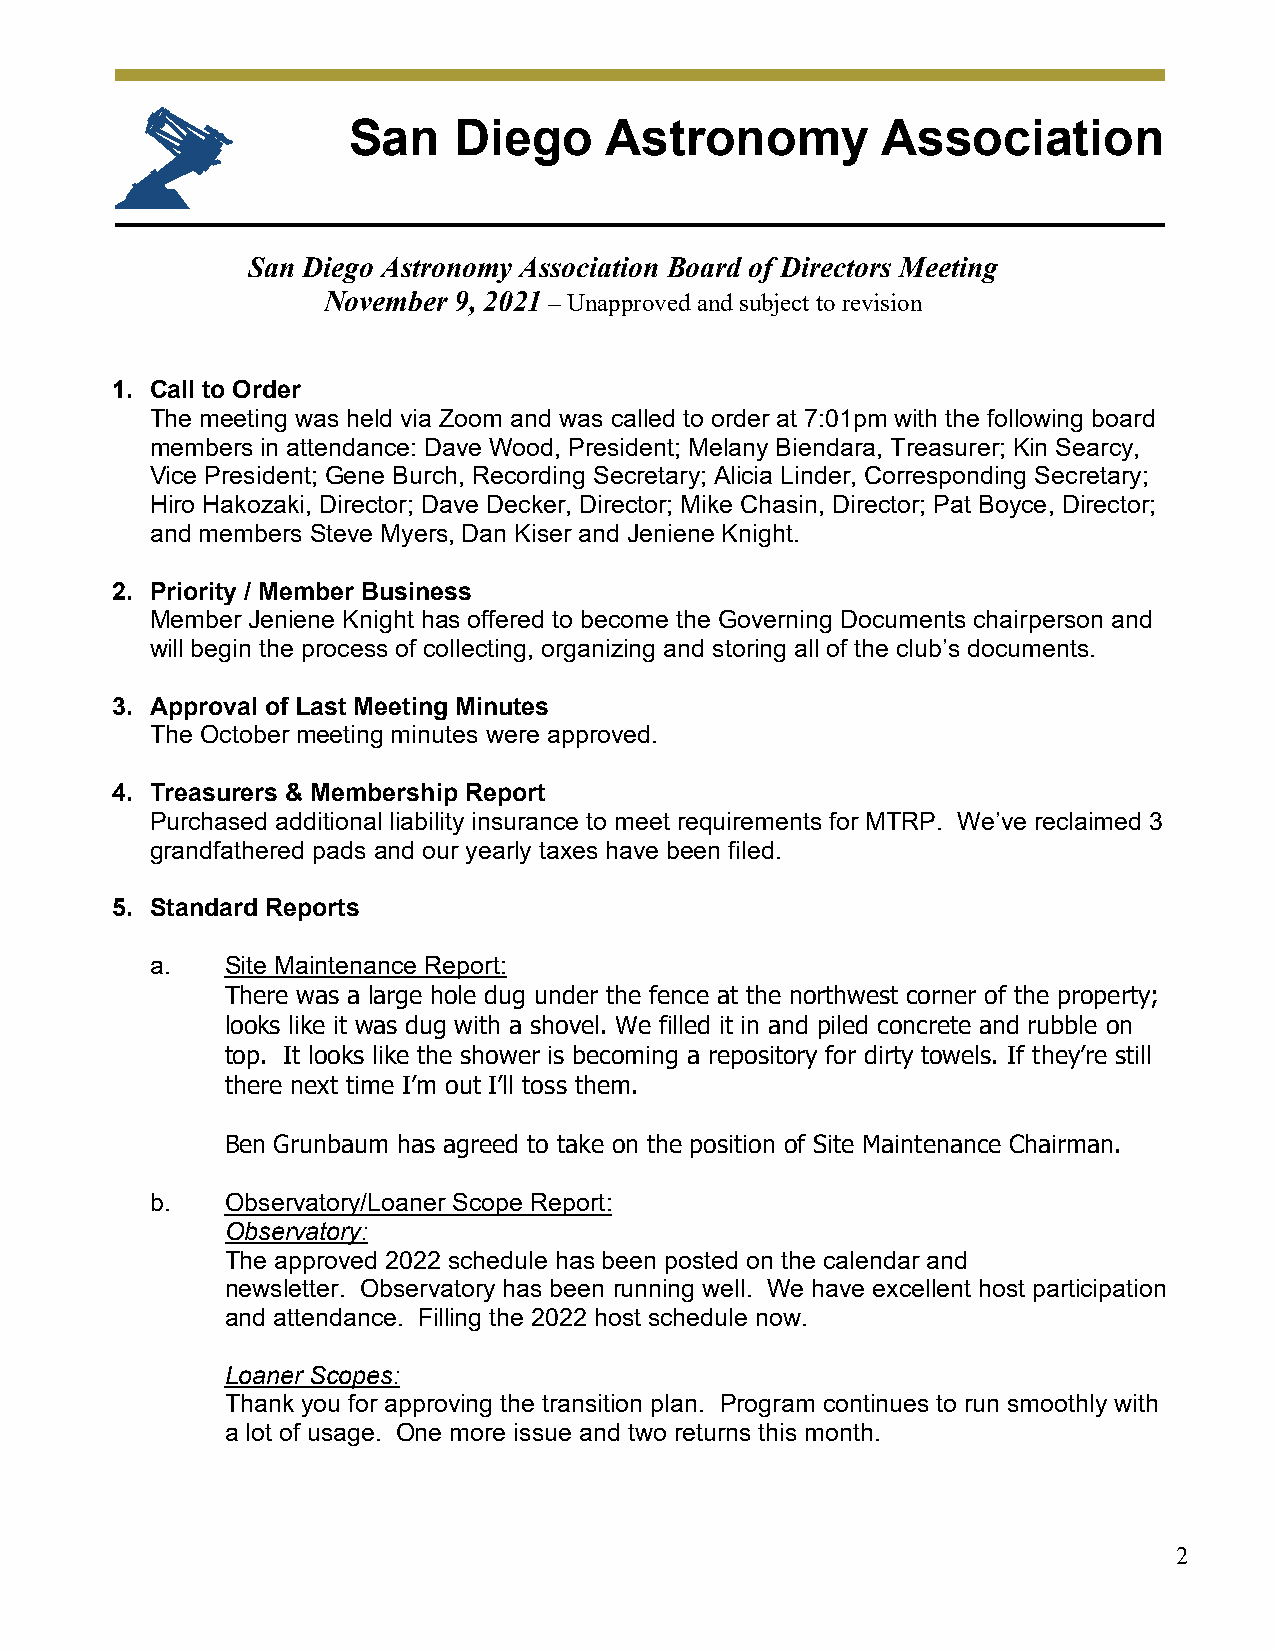
San    Diego     Astronomy         Association
 San Diego Astronomy Association Board of Directors Meeting
 November 9, 2021 – Unapproved and subject to revision
 1. Call to Order
 The meeting was held via Zoom and was called to order at 7:01pm with the following board
 members in attendance: Dave Wood, President; Melany Biendara, Treasurer; Kin Searcy,
 Vice President; Gene Burch, Recording Secretary; Alicia Linder, Corresponding Secretary;
 Hiro Hakozaki, Director; Dave Decker, Director; Mike Chasin, Director; Pat Boyce, Director;
 and members Steve Myers, Dan Kiser and Jeniene Knight.
 2. Priority / Member Business
 Member Jeniene Knight has offered to become the Governing Documents chairperson and
 will begin the process of collecting, organizing and storing all of the club’s documents.
 3. Approval of Last Meeting Minutes
 The October meeting minutes were approved.
 4. Treasurers & Membership Report
 Purchased additional liability insurance to meet requirements for MTRP. We’ve reclaimed 3
 grandfathered pads and our yearly taxes have been filed.
 5. Standard Reports
 a.   Site Maintenance Report:
 There was a large hole dug under the fence at the northwest corner of the property;
 looks like it was dug with a shovel. We filled it in and piled concrete and rubble on
 top. It looks like the shower is becoming a repository for dirty towels. If they’re still
 there next time I’m out I’ll toss them.
 Ben Grunbaum has agreed to take on the position of Site Maintenance Chairman.
 b.   Observatory/Loaner Scope Report:
 Observatory:
 The approved 2022 schedule has been posted on the calendar and
 newsletter. Observatory has been running well. We have excellent host participation
 and attendance. Filling the 2022 host schedule now.
 Loaner Scopes:
 Thank you for approving the transition plan. Program continues to run smoothly with
 a lot of usage. One more issue and two returns this month.
 2